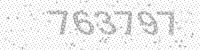
Solution: 763797